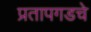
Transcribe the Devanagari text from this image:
प्रतापगडचे